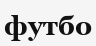
футбо